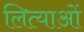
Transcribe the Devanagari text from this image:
लित्याओं